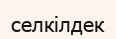
селкілдек